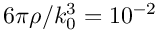
6 \pi \rho / k _ { 0 } ^ { 3 } = 1 0 ^ { - 2 }